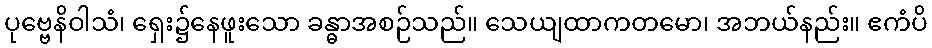
ပုဗ္ဗေနိဝါသံ၊ ရှေး၌နေဖူးသော ခန္ဓာအစဉ်သည်။ သေယျထာကတမော၊ အဘယ်နည်း။ ဧကံပိ